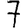
Digit: 7